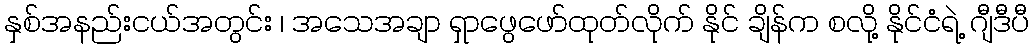
နှစ်အနည်းငယ်အတွင်း ၊ အသေအချာ ရှာဖွေဖော်ထုတ်လိုက် နိုင် ချိန်က စလို့ နိုင်ငံရဲ့ ဂျီဒီပီ